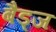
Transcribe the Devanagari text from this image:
बैड्ज